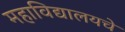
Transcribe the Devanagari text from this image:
महाविद्यालयचे